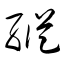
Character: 縱